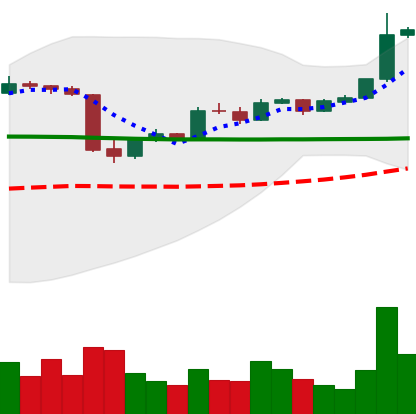
Ticker: LTC-USD
Chart end date: 2015-06-15
Forward return: 50.423%
Label: up_7plus